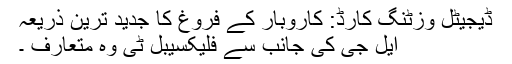
ڈیجیٹل وزٹنگ کارڈ: کاروبار کے فروغ کا جدید ترین ذریعہ
ایل جی کی جانب سے فلیکسیبل ٹی وہ متعارف ۔